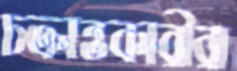
চক্রান্তকারীরা